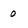
Character: 0